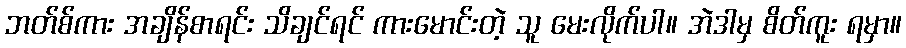
ဘတ်စ်ကား အချိန်စာရင်း သိချင်ရင် ကားမောင်းတဲ့ သူ မေးလိုက်ပါ။ အဲဒါမှ စိတ်ကူး ရမှာ။